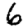
Digit: 6